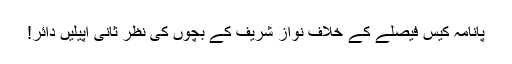
پانامہ کیس فیصلے کے خلاف نواز شریف کے بچوں کی نظر ثانی اپیلیں دائر!